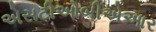
એસટીઓબીએઆર